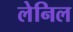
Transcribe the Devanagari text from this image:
लेनिल